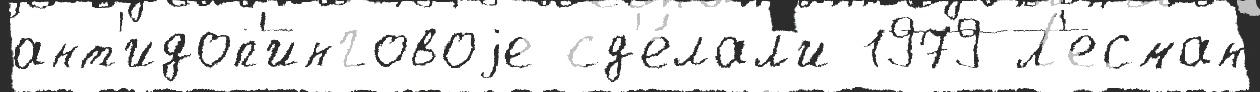
ант'идоп'инговоjе сд'е́лал'и 1979 Л'есман